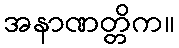
အနာဏတ္တိက။